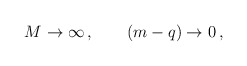
\begin{align*}M\rightarrow \infty\,, \qquad (m-q)\rightarrow 0\,,\end{align*}